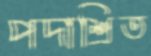
পদাশ্রিত